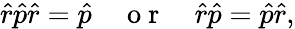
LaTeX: \hat{r}\hat{p}\hat{r}=\hat{p}\quad\mathrm{~o~r~}\quad\hat{r}\hat{p}=\hat{p}\hat{r},